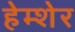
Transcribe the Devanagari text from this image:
हेम्शेर